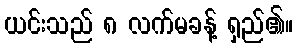
ယင်းသည် ၈ လက်မခန့် ရှည်၏။